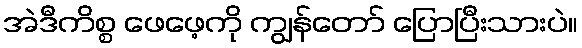
အဲဒီကိစ္စ ဖေဖေ့ကို ကျွန်တော် ပြောပြီးသားပဲ။